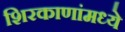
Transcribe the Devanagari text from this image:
शिरकाणांमध्ये